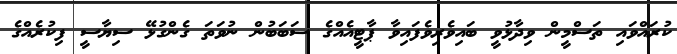
ކުރައްވައި ތަސްމީން ވިދާޅުވީ ބައިވެރިވެފައިވާ ޕާޓީއެއްގެ ސަބަބުން ނުވަތަ ގެންގުޅޭ ސިޔާސީ ފިކުރެއްގެ